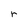
Character: r